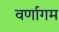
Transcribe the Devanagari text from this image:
वर्णागम